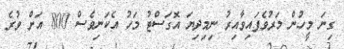
ގިނަ މީހުން މަރުވެފައިވާއިރު ނިމިދިޔަ އޮގަސްޓު މަހު އެކަނިވެސް 800 އަށް ވުރެ